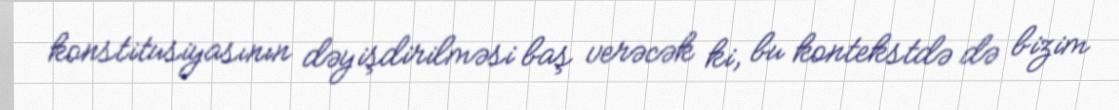
konstitusiyasının dəyişdirilməsi baş verəcək ki, bu kontekstdə də bizim